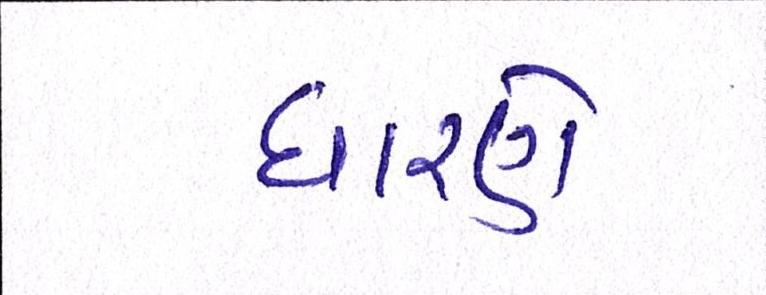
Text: ધારણે